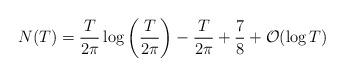
LaTeX: \begin{align*} N (T)=\frac{T}{2\pi}\log\left(\frac{T}{2\pi}\right)-\frac{T}{2\pi}+\frac{7}{8}+\mathcal{O}(\log T)\end{align*}